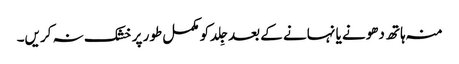
منہ ہاتھ دھونے یا نہانے کے بعد جِلد کو مکمل طور پر خشک نہ کریں۔